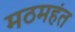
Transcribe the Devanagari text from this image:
मठमहंत